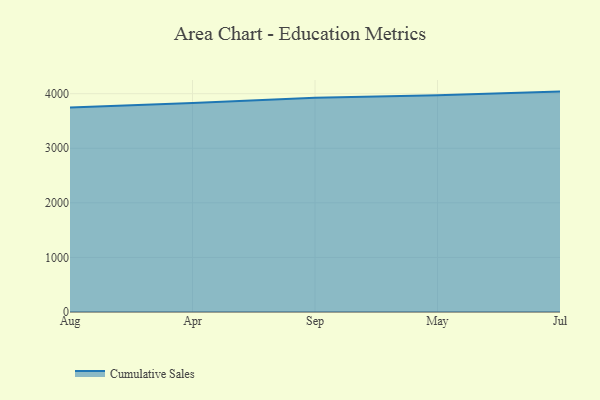
{"axis": {"x": "Month", "y": "Conversion Rate (%)"}, "legend": ["Cumulative Sales"], "data": [{"x": "Aug", "y": 3748.3, "type": "Cumulative Sales"}, {"x": "Apr", "y": 3828.8, "type": "Cumulative Sales"}, {"x": "Sep", "y": 3926.8, "type": "Cumulative Sales"}, {"x": "May", "y": 3969.8, "type": "Cumulative Sales"}, {"x": "Jul", "y": 4038.4, "type": "Cumulative Sales"}]}